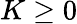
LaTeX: K\geq 0